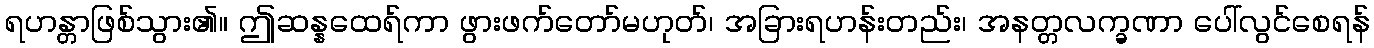
ရဟန္တာဖြစ်သွား၏။ ဤဆန္နထေရ်ကာ ဖွားဖက်တော်မဟုတ်၊ အခြားရဟန်းတည်း၊ အနတ္တလက္ခဏာ ပေါ်လွင်စေရန်